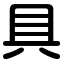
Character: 具